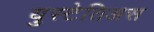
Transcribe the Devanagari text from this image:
युस्टेतिअस